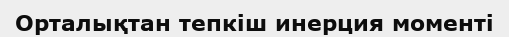
Орталықтан тепкіш инерция моменті